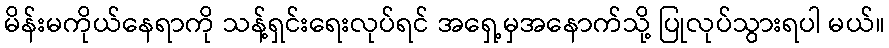
မိန်းမကိုယ်နေရာကို သန့်ရှင်းရေးလုပ်ရင် အရှေ့မှအနောက်သို့ ပြုလုပ်သွားရပါ မယ်။